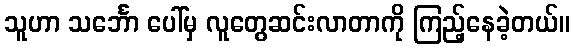
သူဟာ သင်္ဘော ပေါ်မှ လူတွေဆင်းလာတာကို ကြည့်နေခဲ့တယ်။